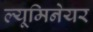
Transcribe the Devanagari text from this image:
ल्यूमिनेयर